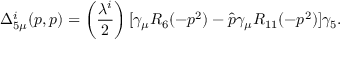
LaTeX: \Delta _ { 5 \mu } ^ { i } ( p , p ) = \left( { \frac { \lambda ^ { i } } { 2 } } \right) [ \gamma _ { \mu } R _ { 6 } ( - p ^ { 2 } ) - \hat { p } \gamma _ { \mu } R _ { 1 1 } ( - p ^ { 2 } ) ] \gamma _ { 5 } .